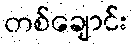
တစ်ချောင်း